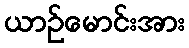
ယာဉ်မောင်းအား